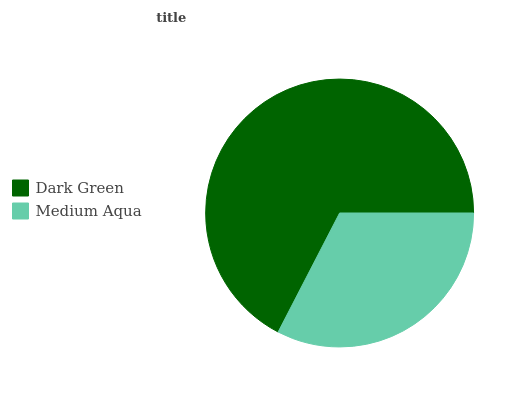
| Dark Green | Medium Aqua |
 | --- | --- |
 | 67.4% | 32.6% |